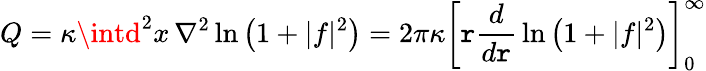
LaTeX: Q=\kappa\intd^{2}x\, \nabla^{2}\ln\left(1+|f|^{2}\right)=2\pi\kappa\left[\mathtt{r}{\frac{{d}}{{d\mathtt{r}}}}\ln\left(1+|f|^{2}\right)\right]_{0}^{\infty}